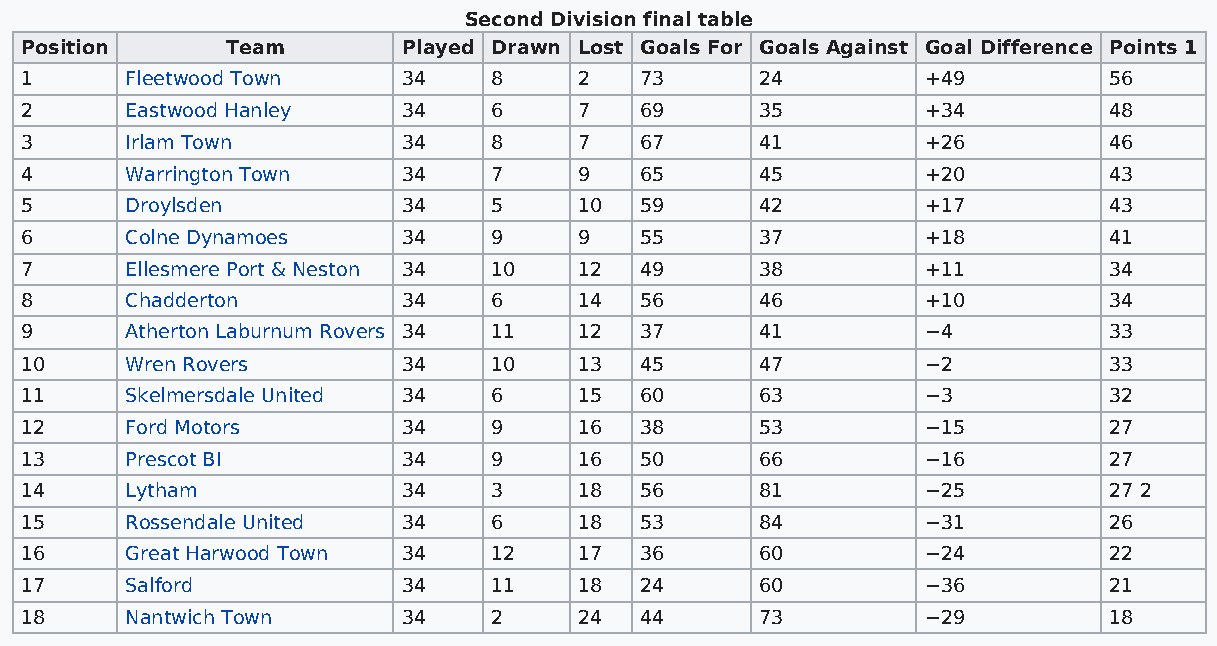
Second Division final table
 Position      Team        Played Drawn Lost Goals For Goals Against Goal Difference Points 1
 1      Fleetwood Town     34    8    2   73      24         +49         56
 2      Eastwood Hanley    34    6    7   69      35         +34         48
 3      Irlam Town         34    8    7   67      41         +26         46
 4      Warrington Town    34    7    9   65      45         +20         43
 5      Droylsden          34    5    10  59      42         +17         43
 6      Colne Dynamoes     34    9    9   55      37         +18         41
 7      Ellesmere Port & Neston 34 10 12  49      38         +11         34
 8      Chadderton         34    6    14  56      46         +10         34
 9      Atherton Laburnum Rovers 34 11 12 37      41         −4          33
 10     Wren Rovers        34    10   13  45      47         −2          33
 11     Skelmersdale United 34   6    15  60      63         −3          32
 12     Ford Motors        34    9    16  38      53         −15         27
 13     Prescot BI         34    9    16  50      66         −16         27
 14     Lytham             34    3    18  56      81         −25         27 2
 15     Rossendale United  34    6    18  53      84         −31         26
 16     Great Harwood Town 34    12   17  36      60         −24         22
 17     Salford            34    11   18  24      60         −36         21
 18     Nantwich Town      34    2    24  44      73         −29         18